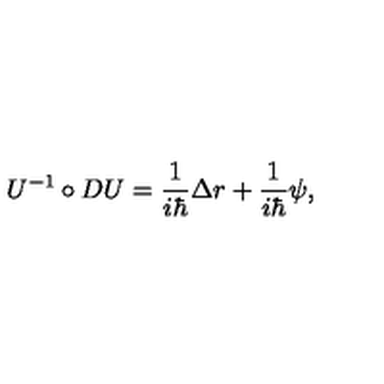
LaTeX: U ^ { - 1 } \circ D U = \frac 1 { i \hbar } \Delta r + \frac 1 { i \hbar } \psi ,